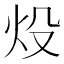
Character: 炈